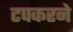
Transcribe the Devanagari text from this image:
टपकरने